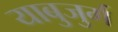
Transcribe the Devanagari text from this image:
याबुजुर्ग